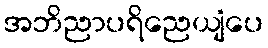
အဘိညာပရိညေယျံပေ